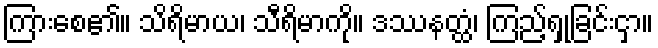
ကြားစေ၏။ သိရိမာယ၊ သီရိမာကို။ ဒဿနတ္ထံ၊ ကြည့်ရှုခြင်းငှာ။